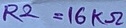
Text: R2=16KΩ